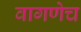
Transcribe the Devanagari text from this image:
वागणेच